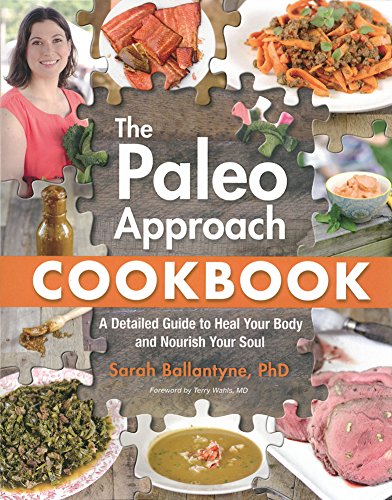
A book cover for The Paleo Approach Cookbook: A Detailed Guide to Heal Your Body and Nourish Your Soul; Sarah Ballantyne; Cookbooks, Food & Wine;